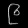
Digit: ၉